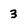
Character: 3